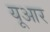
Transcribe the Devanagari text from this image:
यूआर